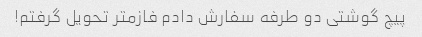
پیچ گوشتی دو طرفه سفارش دادم فازمتر تحویل گرفتم!